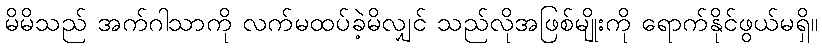
မိမိသည် အက်ဂါသာကို လက်မထပ်ခဲ့မိလျှင် သည်လိုအဖြစ်မျိုးကို ရောက်နိုင်ဖွယ်မရှိ။